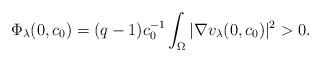
LaTeX: \begin{align*} \Phi_\lambda (0, c_0) = (q-1)c_0^{-1} \int_\Omega |\nabla v_\lambda(0,c_0)|^2 > 0. \end{align*}